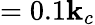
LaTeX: =0.1\mathbf{k}_{c}